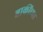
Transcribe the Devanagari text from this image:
बाकींच्या